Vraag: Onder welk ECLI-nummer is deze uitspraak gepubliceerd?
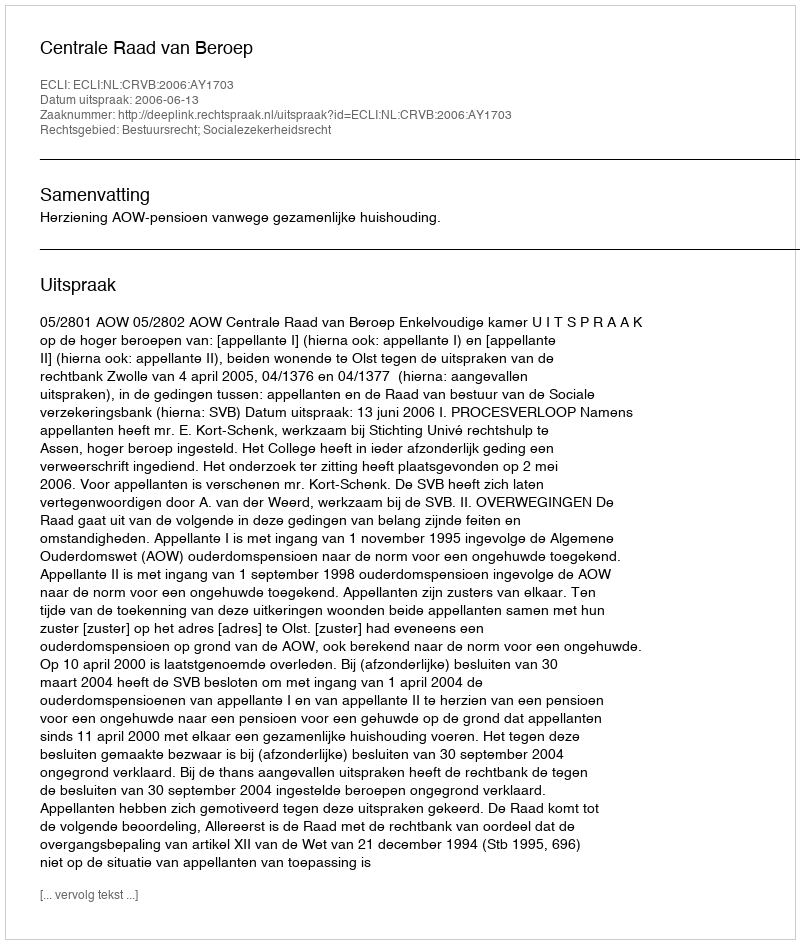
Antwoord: ECLI:NL:CRVB:2006:AY1703